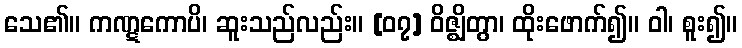
သေ၏။ ကဏ္ဋကောပိ၊ ဆူးသည်လည်း။ [၀၇] ဝိဇ္ဈိတွာ၊ ထိုးဖောက်၍။ ဝါ၊ စူး၍။